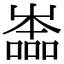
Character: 𡴩